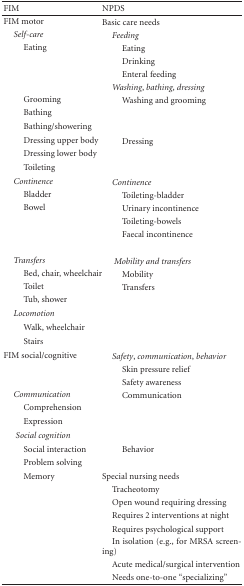
<table><thead><tr><td><b>FIM</b></td><td><b>NPDS</b></td></tr></thead><tbody><tr><td>FIM motor</td><td>Basic care needs </td></tr><tr><td> <i>Self-care </i></td><td> <i>Feeding </i></td></tr><tr><td>Eating</td><td>Eating</td></tr><tr><td> </td><td>Drinking</td></tr><tr><td> </td><td>Enteral feeding</td></tr><tr><td> </td><td> <i>Washing</i>, <i>bathing</i>, <i>dressing </i></td></tr><tr><td>Grooming</td><td>Washing and grooming</td></tr><tr><td>Bathing</td><td> </td></tr><tr><td>Bathing/showering</td><td> </td></tr><tr><td>Dressing upper body</td><td>Dressing</td></tr><tr><td>Dressing lower body</td><td> </td></tr><tr><td>Toileting</td><td> </td></tr><tr><td><i> Continence </i></td><td><i> Continence </i></td></tr><tr><td>Bladder</td><td>Toileting-bladder</td></tr><tr><td>Bowel</td><td>Urinary incontinence</td></tr><tr><td> </td><td>Toileting-bowels</td></tr><tr><td> </td><td>Faecal incontinence</td></tr><tr><td> </td><td> </td></tr><tr><td> <i>Transfers </i></td><td> <i>Mobility and transfers </i></td></tr><tr><td>Bed, chair, wheelchair</td><td>Mobility</td></tr><tr><td>Toilet</td><td>Transfers</td></tr><tr><td>Tub, shower</td><td> </td></tr><tr><td> <i>Locomotion </i></td><td> </td></tr><tr><td>Walk, wheelchair</td><td> </td></tr><tr><td>Stairs</td><td> </td></tr><tr><td>FIM social/cognitive</td><td> <i>Safety</i>, <i>communication</i>, <i>behavior </i></td></tr><tr><td> </td><td>Skin pressure relief</td></tr><tr><td> </td><td>Safety awareness</td></tr><tr><td> <i>Communication </i></td><td>Communication</td></tr><tr><td>Comprehension</td><td> </td></tr><tr><td>Expression</td><td> </td></tr><tr><td> <i>Social cognition </i></td><td> </td></tr><tr><td>Social interaction</td><td>Behavior</td></tr><tr><td>Problem solving</td><td> </td></tr><tr><td>Memory</td><td>Special nursing needs</td></tr><tr><td> </td><td> Tracheotomy</td></tr><tr><td> </td><td> Open wound requiring dressing</td></tr><tr><td> </td><td> Requires 2 interventions at night</td></tr><tr><td> </td><td> Requires psychological support</td></tr><tr><td> </td><td> In isolation (e.g., for MRSA screening)</td></tr><tr><td> </td><td>Acute medical/surgical intervention </td></tr><tr><td> </td><td> Needs one-to-one “specializing”</td></tr></tbody></table>